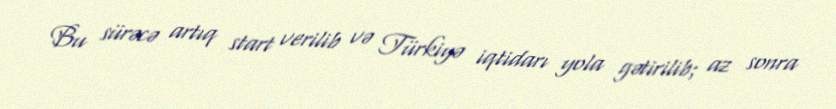
Bu sürəcə artıq start verilib və Türkiyə iqtidarı yola gətirilib; az sonra